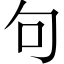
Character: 句